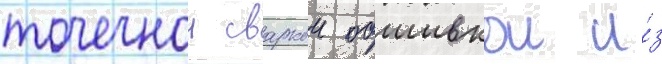
точечнои сваркои обшивкои и́з